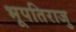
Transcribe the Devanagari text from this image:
भूपतिराजु